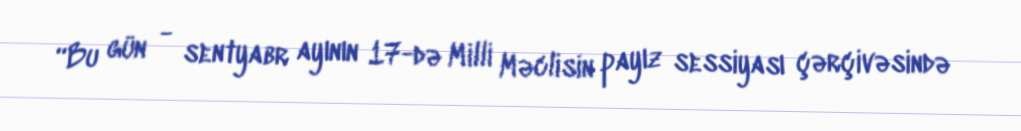
“Bu gün - sentyabr ayının 17-də Milli Məclisin payız sessiyası çərçivəsində